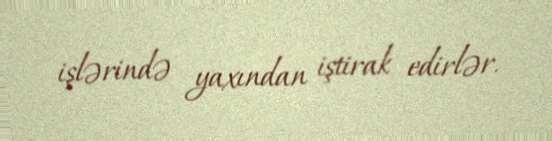
işlərində yaxından iştirak edirlər.